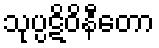
သုပ္ပဋိဝိနီတော